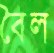
বৈল